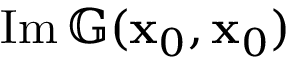
\operatorname { I m } \mathbb { G } ( \mathbf { x } _ { 0 } , \mathbf { x } _ { 0 } )